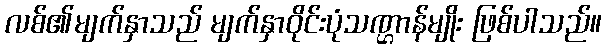
လစ်၏မျက်နှာသည် မျက်နှာဝိုင်းပုံသဏ္ဌာန်မျိုး ဖြစ်ပါသည်။